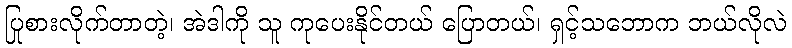
ပြုစားလိုက်တာတဲ့၊ အဲဒါကို သူ ကုပေးနိုင်တယ် ပြောတယ်၊ ရှင့်သဘောက ဘယ်လိုလဲ